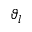
\vartheta _ { l }